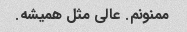
ممنونم. عالی مثل همیشه.